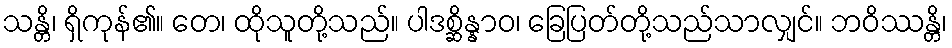
သန္တိ၊ ရှိကုန်၏။ တေ၊ ထိုသူတို့သည်။ ပါဒစ္ဆိန္နာဝ၊ ခြေပြတ်တို့သည်သာလျှင်။ ဘဝိဿန္တိ၊